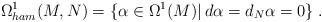
LaTeX: \begin{align*}\Omega^1_{ham}(M,N)=\{\alpha\in\Omega^1(M)|\, d\alpha=d_N\alpha=0\}\;.\end{align*}